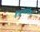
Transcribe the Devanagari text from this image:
हैं।इन्फोर्मेशन